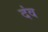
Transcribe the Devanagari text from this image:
दंव